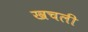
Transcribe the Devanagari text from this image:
खचली